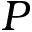
P